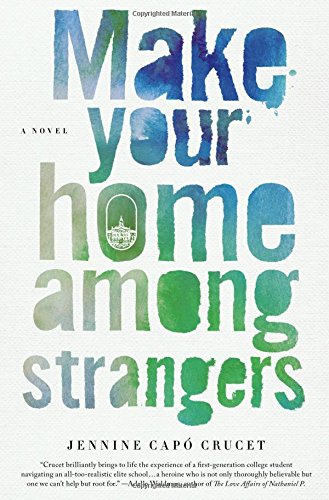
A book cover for Make Your Home Among Strangers: A Novel; Jennine CapÃ³ Crucet; Literature & Fiction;